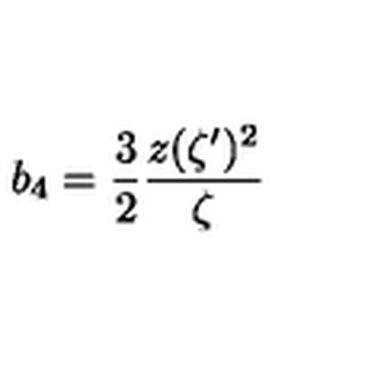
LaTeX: b _ { 4 } = \frac { 3 } { 2 } { \frac { z ( \zeta ^ { \prime } ) ^ { 2 } } { \zeta } }